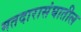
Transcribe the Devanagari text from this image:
मतदारासंघातील